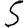
Digit: 5